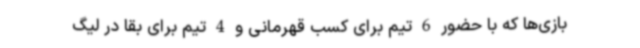
بازی‌ها که با حضور 6 تیم برای کسب قهرمانی و 4 تیم برای بقا در لیگ